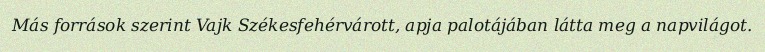
Más források szerint Vajk Székesfehérvárott, apja palotájában látta meg a napvilágot.